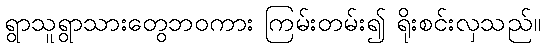
ရွာသူရွာသားတွေဘဝကား ကြမ်းတမ်း၍ ရိုးစင်းလှသည်။